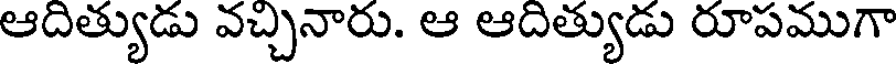
ఆదిత్యుడు వచ్చినారు. ఆ ఆదిత్యుడు రూపముగా